Annual report on the health of the army in India
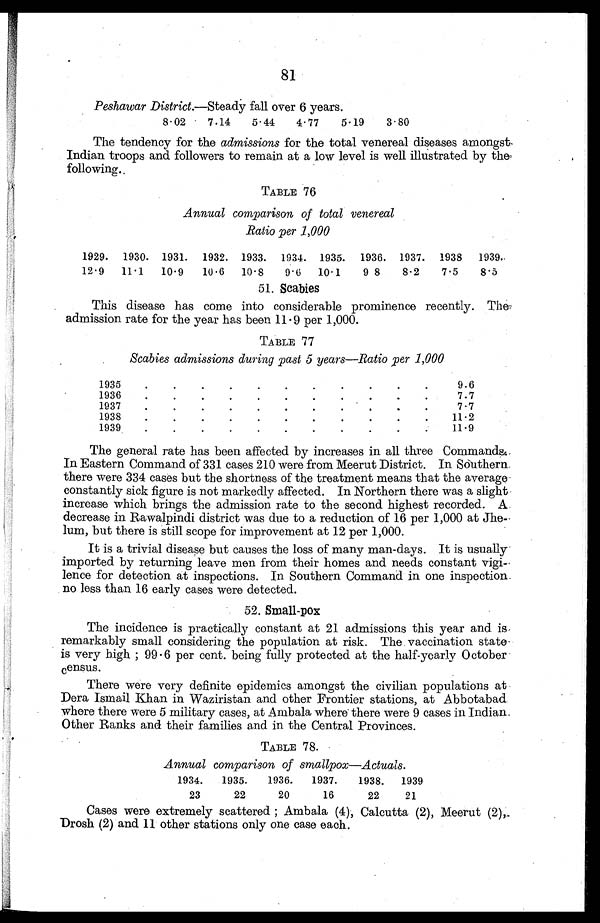
81
Peshawar District.—Steady fall over 6 years.
8 . 02
7.14
5.44
4.77
5.19
3.80
The tendency for the admissions for the total venereal diseases amongst
Indian troops and followers to remain at a low level is well illustrated by the
following.
TABLE 76
Annual comparison of total venereal
Ratio per 1,000
1929.
12.9
1930.
11 . 1
1931.
10 . 9
1932.
10 . 6
1933.
10 . 8
1934.
9.6
1935.
10 . 1
1936.
9.8
1937.
8.2
1938
7.5
1939.
8.5
51. Scabies
This disease has come into considerable prominence recently. The
admission rate for the year has been 11 . 9 per 1,000.
TABLE 77
Scabies admissions during past 5 years—Ratio per 1,000
1935 . . .
9.6
1936 . . .
7.7
1937 . . .
7.7
1938 . . .
11.2
1939 . . .
11.9
The general rate has been affected by increases in all three Commands.
In Eastern Command of 331 cases 210 were from Meerut District. In Southern
there were 334 cases but the shortness of the treatment means that the average
constantly sick figure is not markedly affected. In Northern there was a slight
increase which brings the admission rate to the second highest recorded. A
decrease in Rawalpindi district was due to a reduction of 16 per 1,000 at Jhe
-
lum, but there is still scope for improvement at 12 per 1,000.
It is a trivial disease but causes the loss of many man-days. It is usually
imported by returning leave men from their homes and needs constant vigi
-
lence for detection at inspections. In Southern Command in one inspection
no less than 16 early cases were detected.
52. Small-pox
The incidence is practically constant at 21 admissions this year and is
remarkably small considering the population at risk. The vaccination state
is very high ; 99 . 6 per cent. being fully protected at the half-yearly October
census.
There were very definite epidemics amongst the civilian populations at
Dera Ismail Khan in Waziristan and other Frontier stations, at Abbotabad
where there were 5 military cases, at Ambala where there were 9 cases in Indian
Other Ranks and their families and in the Central Provinces.
TABLE 78.
Annual comparison of smallpox—Actuals.
1934.
1935.
1936.
1937.
1938.
1939
23
22
20
16
22
21
Cases were extremely scattered ; Ambala (4), Calcutta (2), Meerut (2),
Drosh (2) and 11 other stations only one case each.